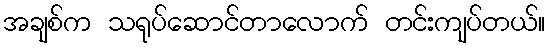
အချစ်က သရုပ်ဆောင်တာလောက် တင်းကျပ်တယ်။